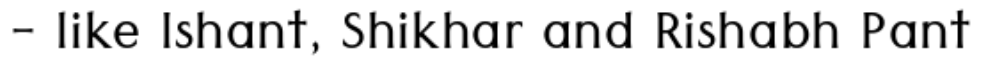
- like Ishant, Shikhar and Rishabh Pant